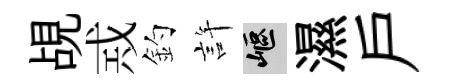
覘𢦶釣許嶇濕戸